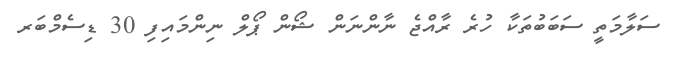
ސަލާމަތީ ސަބަބުތަކާ ހުރެ ރާއްޖެ ނާންނަން ޝޯން ޕޯލް ނިންމައިފި 30 ޑިސެމްބަރ